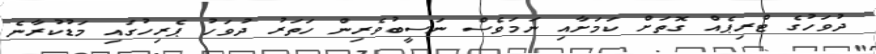
ދުވަހުގެ ޓްރިޕެެއް ގޮތަށް ކަމަށާއި ނަމަވެސް ނަސީބުވެރިން ހަތަރު ދުވަހު ޕެރިހުގައި މަޑުކުރާނެ